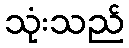
သုံးသည်